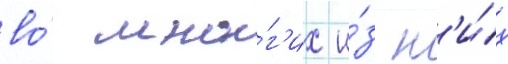
во́ мно́г'их и́з н'и́х